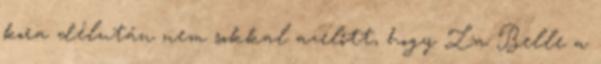
kora délután nem sokkal azelőtt, hogy La Belle a